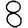
Digit: 8